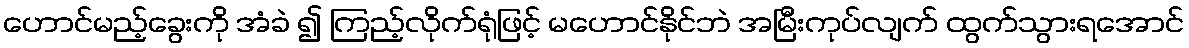
ဟောင်မည့်ခွေးကို အံခဲ ၍ ကြည့်လိုက်ရုံဖြင့် မဟောင်နိုင်ဘဲ အမြီးကုပ်လျက် ထွက်သွားရအောင်